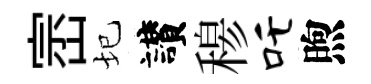
崈圮讃𥠇吒煦